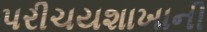
પરીચયશાખાની